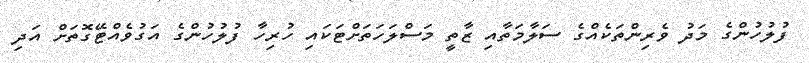
ފުލުހުންގެ މަދު ވެރިންތަކެއްގެ ސަލާމަތާއި ޒާތީ މަސްލަހަތަށްޓަކައި ހުރިހާ ފުލުހުންގެ އަގުވެއްޓޭގޮތަށް އަދި